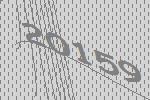
20159